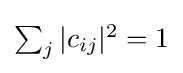
{\textstyle \sum _{j}|c_{ij}|^{2}=1}